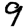
Digit: 9